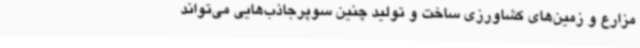
مزارع و زمین‌های کشاورزی ساخت و تولید چنین سوپرجاذب‌هایی می‌تواند